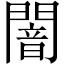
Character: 闇